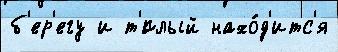
б'ер'егу и т'́плый нахо́д'итс'я